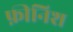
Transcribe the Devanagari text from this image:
फ़ीनिश